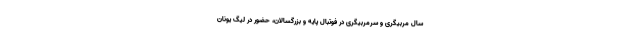
سال مربیگری و سرمربیگری در فوتبال پایه و بزرگسالان، حضور در لیگ یونان